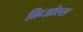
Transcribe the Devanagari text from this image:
क्रिओल्स